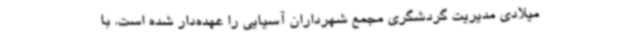
میلادی مدیریت گردشگری مجمع شهرداران آسیایی را عهده‌دار شده است. با